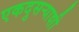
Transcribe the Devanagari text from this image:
एकदुसऱ्याशी